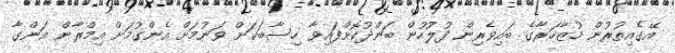
އޭގެއިތުރުން މުޒާހަރާގެ ބައިވެރިން ފުލުހުން ބަންދުކޮށްފައިވާ ހިސާބަކަށް ވަނުމަށް އެންގުމަށް އިމްރާން އަންގާ